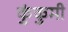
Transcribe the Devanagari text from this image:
कुंकुमी